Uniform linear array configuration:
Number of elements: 24
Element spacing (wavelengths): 1
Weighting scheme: blackman
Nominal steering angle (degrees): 60
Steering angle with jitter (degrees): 59.831
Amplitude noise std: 0.05
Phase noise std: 0.05

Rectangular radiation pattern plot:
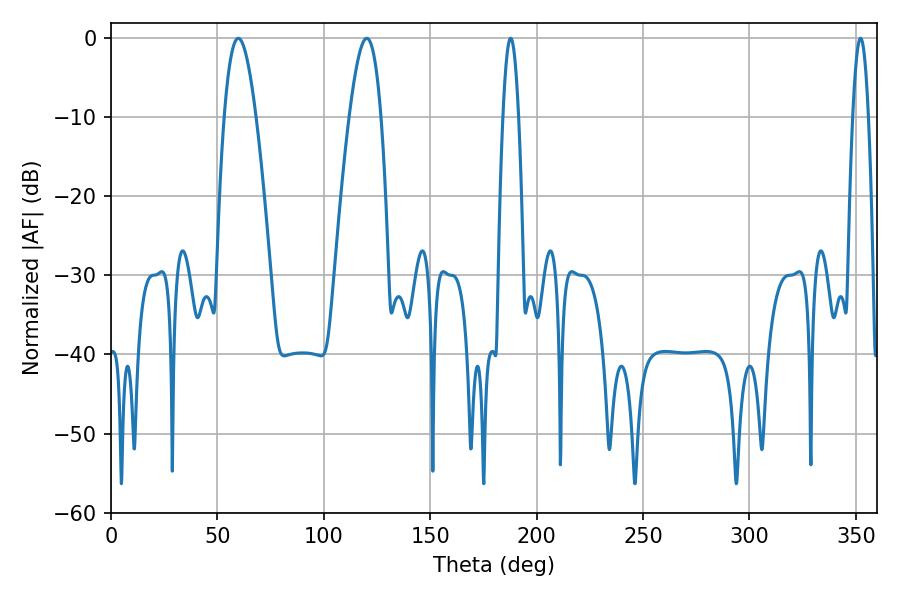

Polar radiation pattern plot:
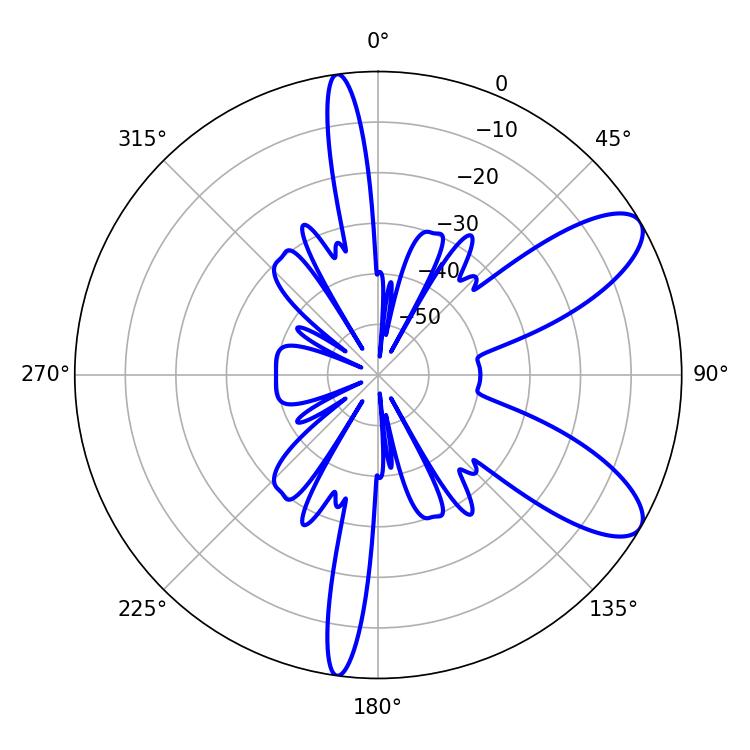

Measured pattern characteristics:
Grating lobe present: TRUE
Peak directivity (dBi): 9.111
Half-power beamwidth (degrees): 8.1
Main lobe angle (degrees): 120.24